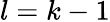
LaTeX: l=k-1